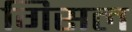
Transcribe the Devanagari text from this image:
गिसल